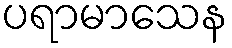
ပရာမာသေန